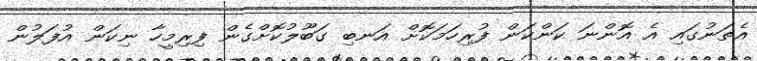
އެތަނުގައި އެ އޮންނަ ކަންކަން ފުރިހަމަކޮށް އަނބި ގަބޫލުކޮށްގެން ފިރިމީހާ ނިކަން އުފަލުން